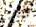
ثيابها